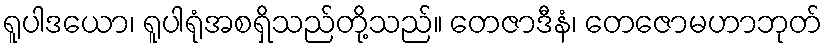
ရူပါဒယော၊ ရူပါရုံအစရှိသည်တို့သည်။ တေဇာဒီနံ၊ တေဇောမဟာဘုတ်